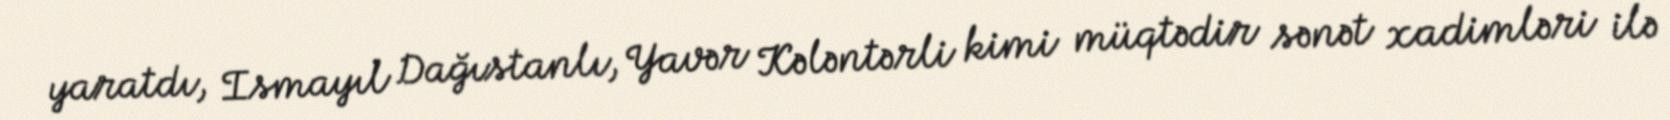
yaratdı, Ismayıl Dağıstanlı, Yavər Kələntərli kimi müqtədir sənət xadimləri ilə